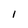
Character: l